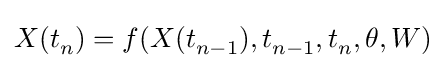
X(t_{n}^{})=f(X(t_{n-1}^{}),t_{n-1}^{},t_{n}^{},\theta ,W)